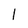
Character: 1